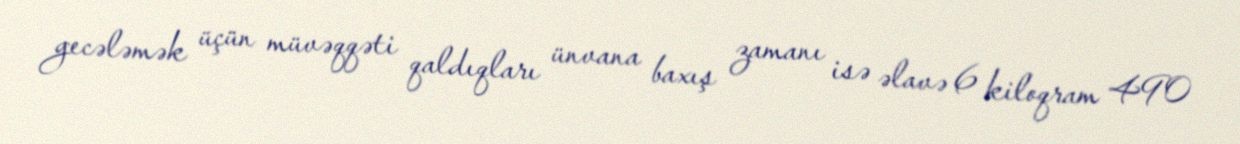
gecələmək üçün müvəqqəti qaldıqları ünvana baxış zamanı isə əlavə 6 kiloqram 490